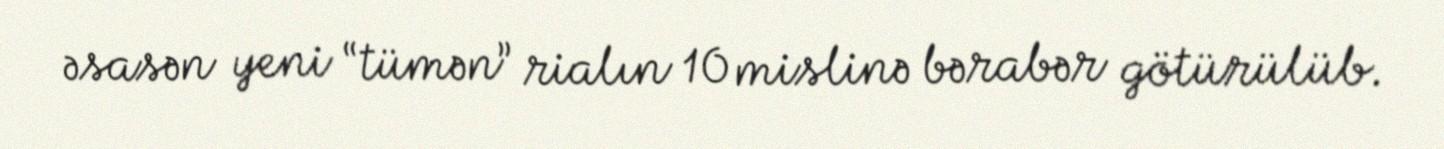
əsasən yeni “tümən” rialın 10 mislinə bərabər götürülüb.